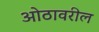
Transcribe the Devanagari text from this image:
ओठावरील